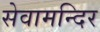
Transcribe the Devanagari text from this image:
सेवामन्दिर